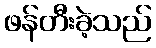
ဖန်တီးခဲ့သည်